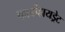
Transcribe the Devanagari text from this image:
कार्बोहायड्रेट